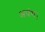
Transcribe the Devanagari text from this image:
अपंग।